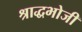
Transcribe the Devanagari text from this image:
श्राद्धभोजी